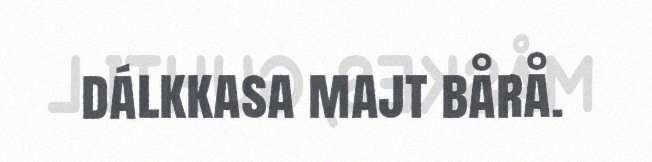
dálkkasa majt bårå.